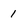
Character: 1